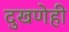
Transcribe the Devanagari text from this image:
दुखणेही